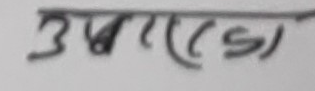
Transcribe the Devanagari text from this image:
उप्रस)